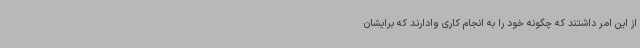
از این امر داشتند که چگونه خود را به انجام کاری وادارند که برایشان